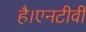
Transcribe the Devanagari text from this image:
है।एनटीवी